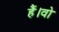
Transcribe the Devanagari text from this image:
हैं।वो